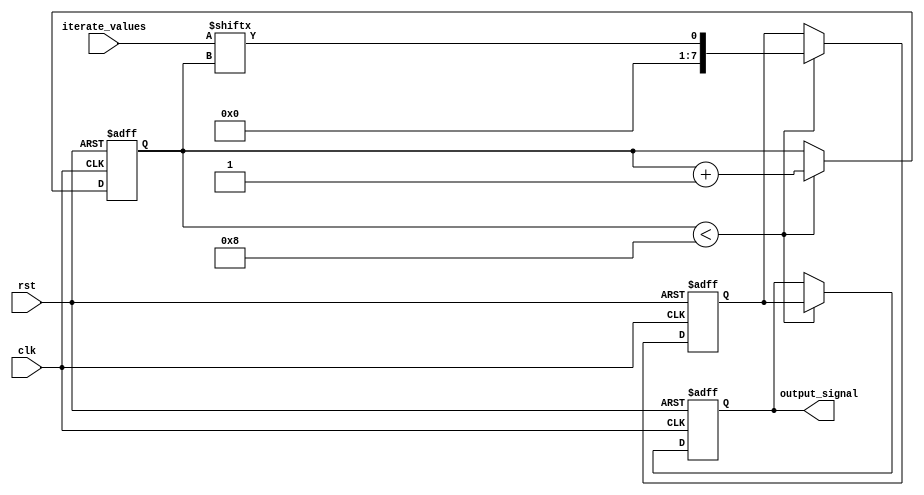
module generate_for_each(
    input [7:0] iterate_values,
    input clk,
    input rst,
    output reg [7:0] output_signal
);

reg [7:0] iteration_count;
reg [7:0] current_value;

always @(posedge clk or posedge rst) begin
    if (rst) begin
        iteration_count <= 0;
        current_value <= 0;
        output_signal <= 0;
    end else begin
        if (iteration_count < 8) begin
            current_value <= iterate_values[iteration_count];
            
            // Perform specified operations or actions based on current_value
            
            output_signal <= current_value;
            iteration_count <= iteration_count + 1;
        end
    end
end

endmodule